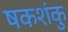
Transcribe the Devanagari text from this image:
षकशंकु